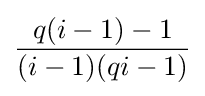
{\frac {q(i-1)-1}{(i-1)(qi-1)}}